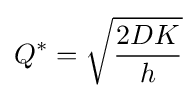
Q^{*}={\sqrt {\frac {2DK}{h}}}